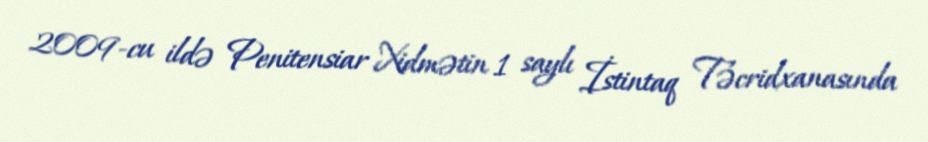
2009-cu ildə Penitensiar Xidmətin 1 saylı İstintaq Təcridxanasında